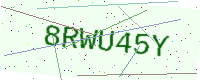
Text: 8RWU45Y